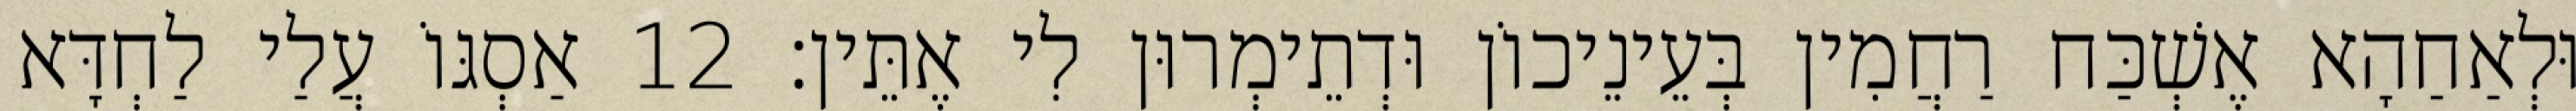
וּלְאַחַהָא אֶשְׁכַּח רַחֲמִין בְּעֵינֵיכוֹן וּדְתֵימְרוּן לִי אֶתֵּין׃ 12 אַסְגּוֹ עֲלַי לַחְדָּא